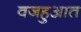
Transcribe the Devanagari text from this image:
वजहुआत